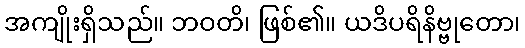
အကျိုးရှိသည်။ ဘဝတိ၊ ဖြစ်၏။ ယဒိပရိနိဗ္ဗုတော၊